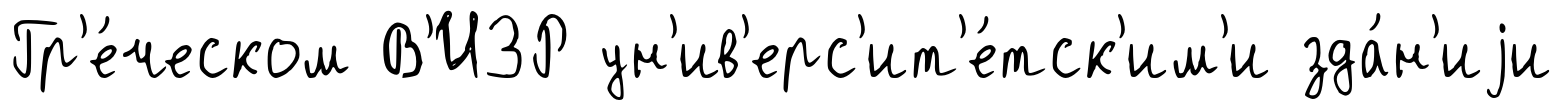
Гр'е́ческом В'ИЗР ун'ив'ерс'ит'е́тск'им'и зда́н'иjи